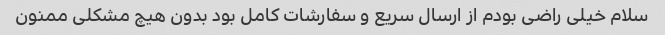
سلام خیلی راضی بودم از ارسال سریع و سفارشات کامل بود بدون هیچ مشکلی ممنون